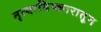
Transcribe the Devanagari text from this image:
नृत्याविष्कारातून